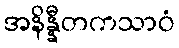
အနိန္နီတကသာဝံ